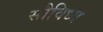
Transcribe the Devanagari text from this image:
सौविध्य